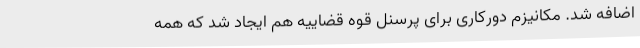
اضافه شد. مکانیزم دورکاری برای پرسنل قوه قضاییه هم ایجاد شد که همه